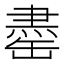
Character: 𫄽